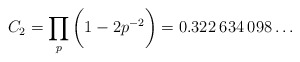
\begin{align*}C_2=\prod_{p}\bigg(1-2p^{-2}\bigg)=0.322\:634\:098\ldots\end{align*}